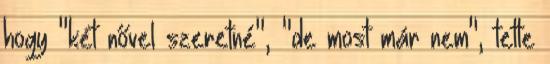
hogy "két nővel szeretné", "de most már nem", tette